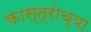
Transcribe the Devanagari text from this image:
कास्त्रोच्या